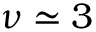
\nu \simeq 3